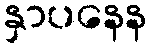
နှာပနေန